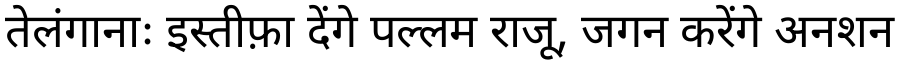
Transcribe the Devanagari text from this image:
तेलंगानाः इस्तीफ़ा देंगे पल्लम राजू, जगन करेंगे अनशन